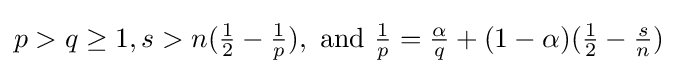
p>q\geq 1,s>n({\tfrac {1}{2}}-{\tfrac {1}{p}}),{\text{ and }}{\tfrac {1}{p}}={\tfrac {\alpha }{q}}+(1-\alpha )({\tfrac {1}{2}}-{\tfrac {s}{n}})